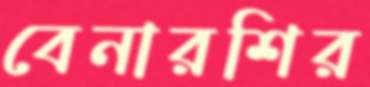
বেনারশির